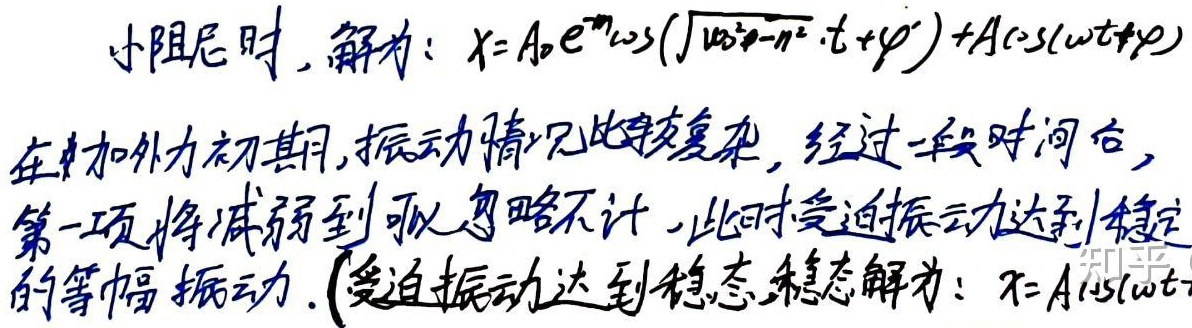
小阻尼时，解为：\(x = A_{0}e^{-nt}\cos(\sqrt{\omega_{0}^{2}-n^{2}}\cdot t+\varphi') + A\cos(\omega t+\varphi)\)。在加外力初期，振动情况比较复杂，经过一段时间后，第一项将减弱到可以忽略不计，此时受迫振动达到稳定的等幅振动。(受迫振动达到稳态，稳态解为：\(x = A\cos(\omega t+\)